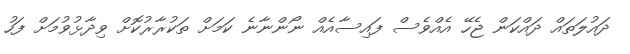
ދައުލަތައް ދައްކަން ޖެހޭ އެއްވެސް ފައިސާއެއް ނޯންނާނެ ކަމަށް ތަކުރާރުކޮށް ވިދާޅުވުމަށް ފަހު